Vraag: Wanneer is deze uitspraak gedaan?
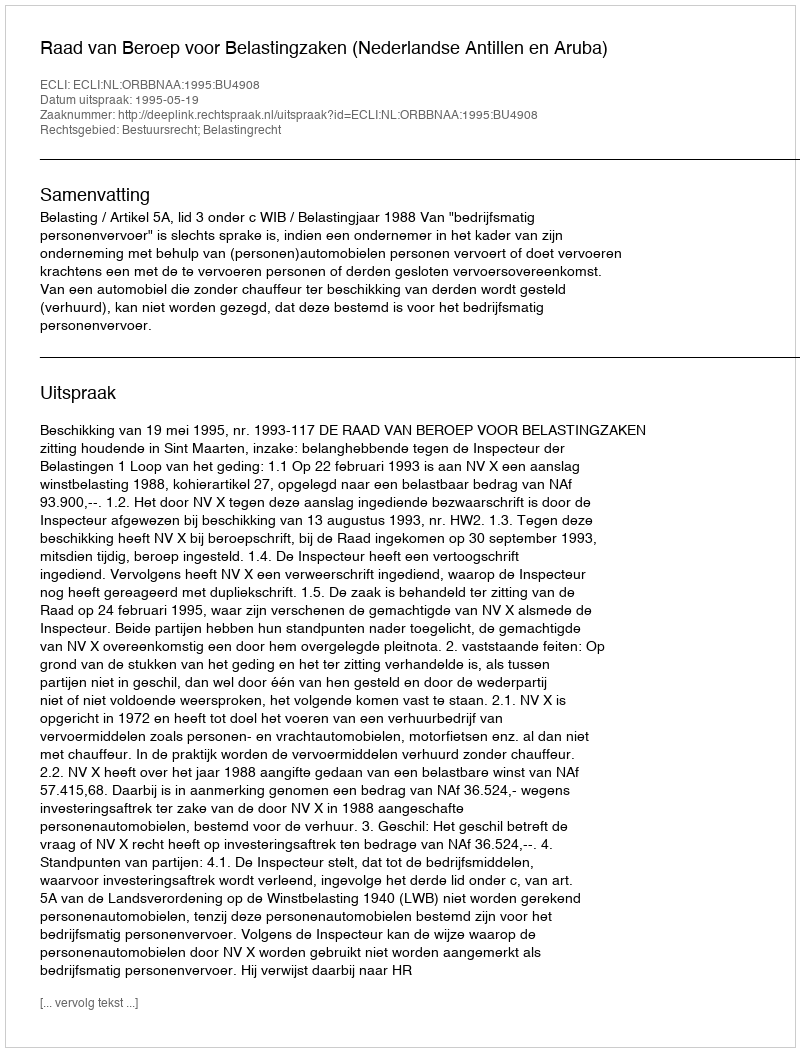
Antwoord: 1995-05-19